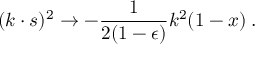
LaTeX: ( k \cdot s ) ^ { 2 } \rightarrow - \frac { 1 } { 2 ( 1 - \epsilon ) } k ^ { 2 } ( 1 - x ) \; .